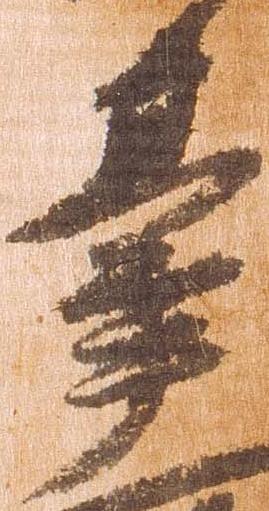
台